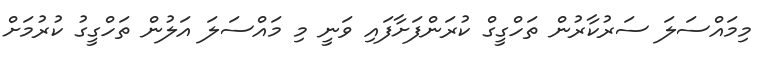
މިމައްސަލަ ސަރުކާރުން ތަހްގީގް ކުރަންފަށާފައި ވަނީ މި މައްސަލަ އަލުން ތަހްގީގު ކުރުމަށް